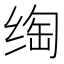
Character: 绹